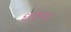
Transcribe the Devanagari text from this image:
६१७००